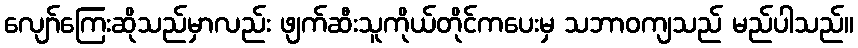
လျော်ကြေးဆိုသည်မှာလည်း ဖျက်ဆီးသူကိုယ်တိုင်ကပေးမှ သဘာဝကျသည် မည်ပါသည်။